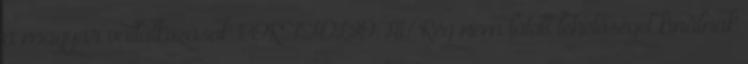
a magyar vállalkozások PORTFOLIO.HU Rég nem látott lehetőséget kínálnak